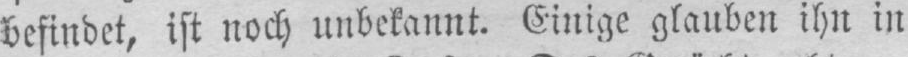
befindet, ist noch unbekannt. Einige glauben ihn in